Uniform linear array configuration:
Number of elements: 4
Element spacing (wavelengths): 0.25
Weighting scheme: uniform
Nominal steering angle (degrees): -15
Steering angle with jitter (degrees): -14.841
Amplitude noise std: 0.05
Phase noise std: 0.05

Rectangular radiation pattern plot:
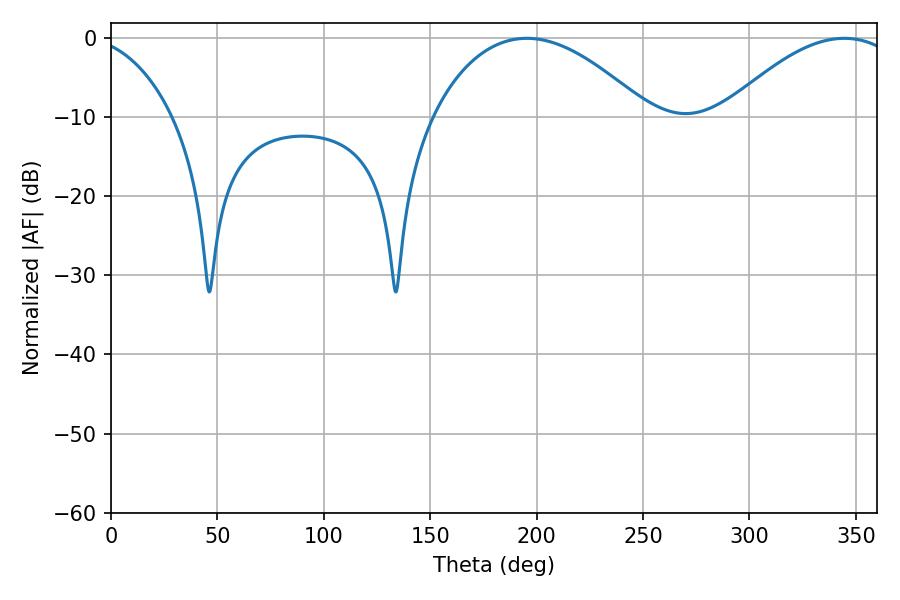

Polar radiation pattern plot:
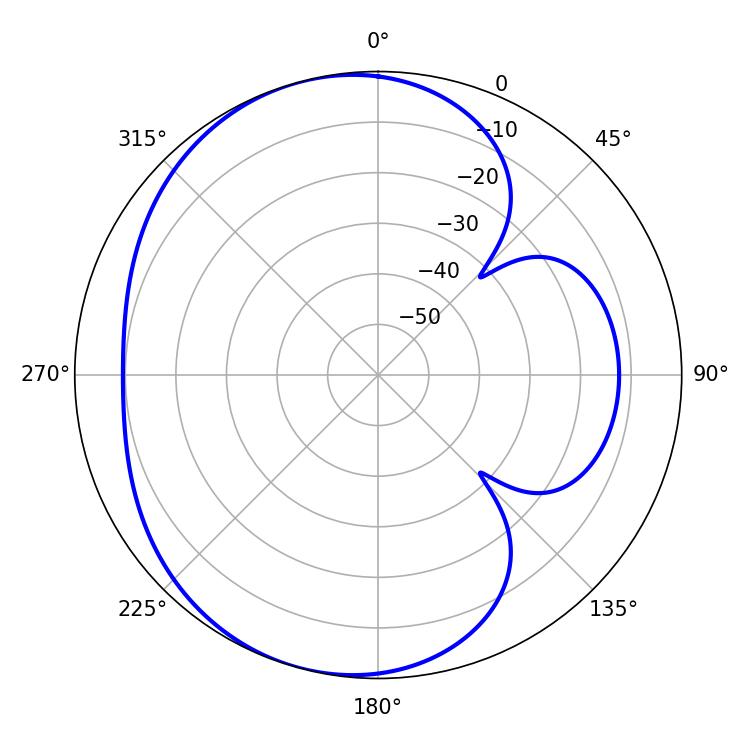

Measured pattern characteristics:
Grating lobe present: FALSE
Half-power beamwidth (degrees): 56.52
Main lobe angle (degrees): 195.48